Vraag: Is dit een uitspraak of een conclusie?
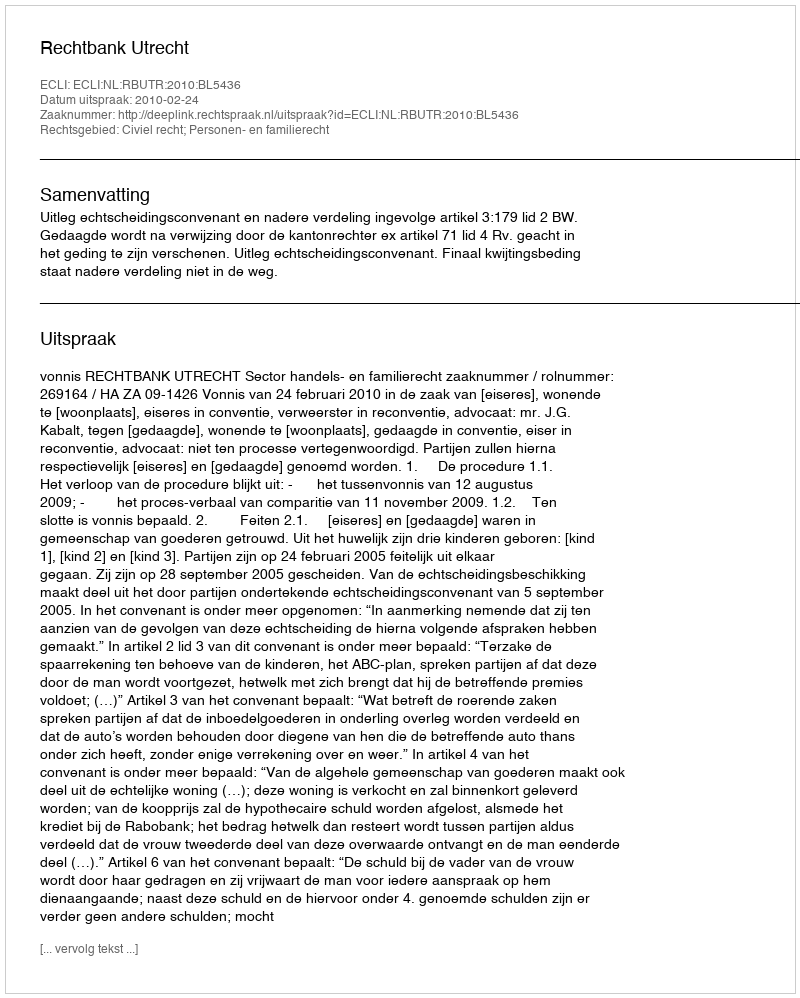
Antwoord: Uitspraak